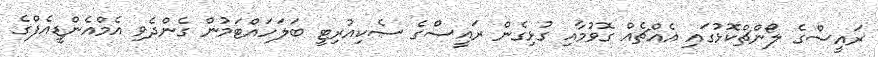
ރައީސްގެ ލޯންޗްކޮޅުގައި އެއްޗެއް ގޮވުމާއި ގުޅިގެން ރައީސްގެ ސެކިއުރިޓީ ބަލަހައްޓަމުން ގެންދެވި އެމްއެންޑީއެފްގެ